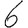
Digit: 6